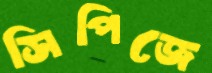
সিপিজে